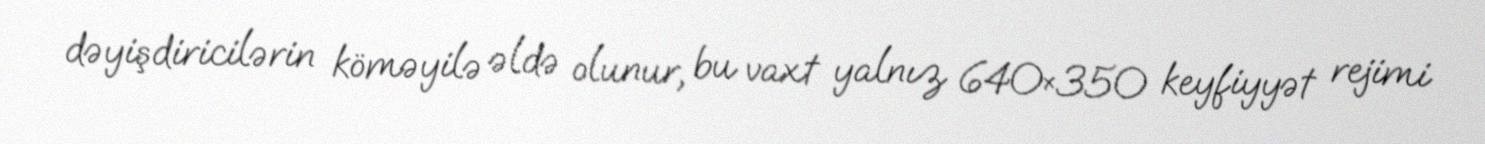
dəyişdiricilərin köməyilə əldə olunur, bu vaxt yalnız 640×350 keyfiyyət rejimi